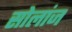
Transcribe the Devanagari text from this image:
सोलांज